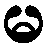
မ